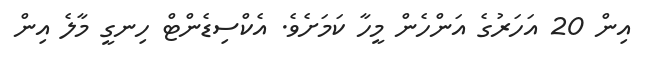
އިން 20 އަހަރުގެ އަންހެން މީހާ ކަމަށެވެ. އެކްސިޑެންޓް ހިނގީ މާލެ އިން